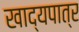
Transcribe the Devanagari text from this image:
खाद्यपात्र